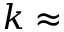
k \approx